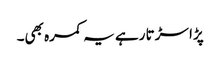
پڑا سڑتا رہے یہ کمرہ بھی۔